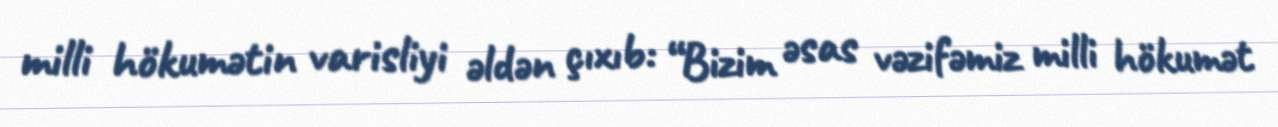
milli hökumətin varisliyi əldən çıxıb: “Bizim əsas vəzifəmiz milli hökumət